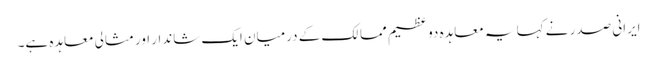
ایرانی صدر نے کہا یہ معاہدہ دو عظیم ممالک کے درمیان ایک شاندار اور مثالی معاہدہ ہے۔